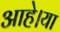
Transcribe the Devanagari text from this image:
आहे।या